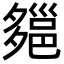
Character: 郺